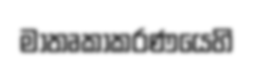
මාතෘකාකරණයෙහි